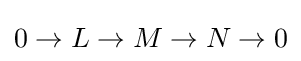
0\to L\to M\to N\to 0